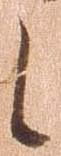
候